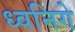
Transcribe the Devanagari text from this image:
ध्वनिगे